Report of the Municipal Commissioner on the plague in Bombay for the year ending 31st May... - Volume 1
Disease focus: Plague
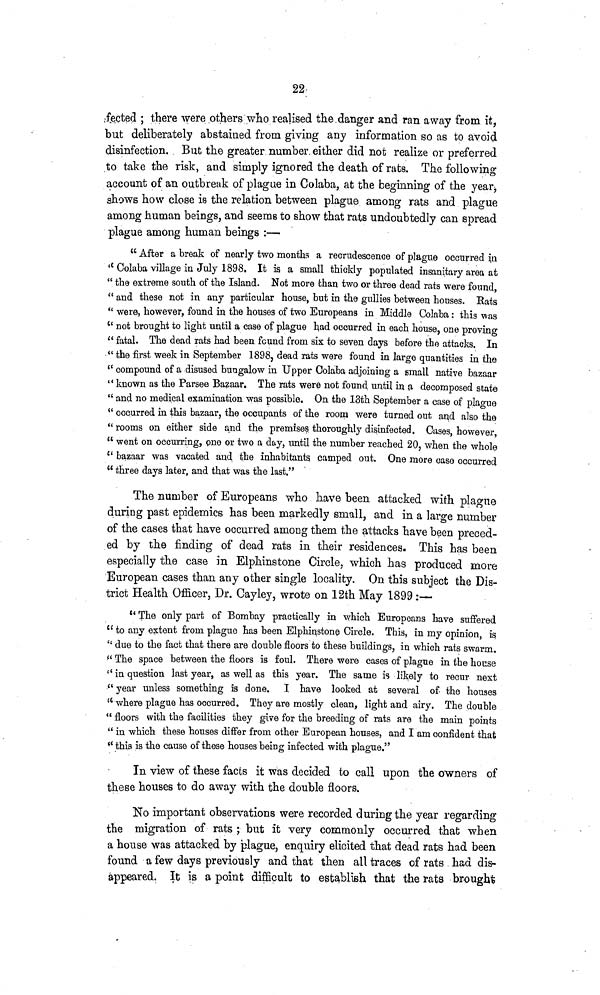
22-
fected ; there were others who realised the danger and ran away from it,
but deliberately abstained from giving any information so as to avoid
disinfection. But the greater number either did not realize or preferred
to take the risk, arid simply ignored the death of rats. The following
account of an outbreak of plague in Colaba, at the beginning of the year,
shows how close is the relation between plague among rats and plague
among human beings, and seems to show that rats undoubtedly can spread
plague among human beings :—
" After a break of nearly two months a recrudescence of plague occurred in
" Colaba village in July 1898. It is a small thickly populated insanitary area at
" the extreme south of the Island. Not more than two or three dead rats were found,
" and these not in any particular house, but in the gullies between houses. Eats
" were, however, found in the houses of two Europeans in Middle Colaba: this was
" not brought to light until a case of plague had occurred in each house, one proving
" fatal. The dead rats had been found from six to seven days before the attacks. In
" the first week in September 1898, dead rats were found in large quantities in the
" compound of a disused bungalow in Upper Colaba adjoining a small native bazaar
" known as the Parses Bazaar. The rats were not found until in a decomposed state
" and no medical examination was possible. On the 13th September a case of plague
" occurred in this bazaar, the occupants of the room were turned out and also the
" rooms on either side and the premises thoroughly disinfected. Cases, however,
" went on occurring, one or two a day, until the number reached 20, when the whole
" bazaar was vacated and the inhabitants camped out. One more case occurred
" three days later, and that was the last."
The number of Europeans who have been attacked with plague
during past epidemics has been markedly small, and in a large number
of the cases that have occurred among them the attacks have been preced-
ed by the finding of dead rats in their residences. This has been
especially the case in Elphinstone Circle, which has produced more
European cases than any other single locality. On this subject the Dis-
trict Health Officer, Dr. Cayley, wrote on 12th May 1899 :—-
u The only part of Bombay practically in which Europeans have suffered
" to any extent from plague has been Elphinstone Circle. This, in my opinion, is
" due to the fact that there are double floors to these buildings, in which rats swarm.
" The space between the floors is foul. There were cases of plague in the house
" in question last year, as well as this year. The same is likely to recur next
" year unless something is done. I have looked at several of the houses
" where plague has occurred. They are mostly clean, light and airy. The double
" floors with the facilities they give for the breeding of rats are the main points
" in which these houses differ from other European houses, and I am confident that
*' this is the cause of these houses being infected with plague."
In view of these facts it was decided to call upon the owners of
these houses to do away with the double floors.
No important observations were recorded during the year regarding
the migration of rats ; but it very commonly occurred that when
a house was attacked by plague, enquiry elicited that dead rats had been
found a few days previously and that then all traces of rats had dis-
appeared. It is a point difficult to establish that the rats brought